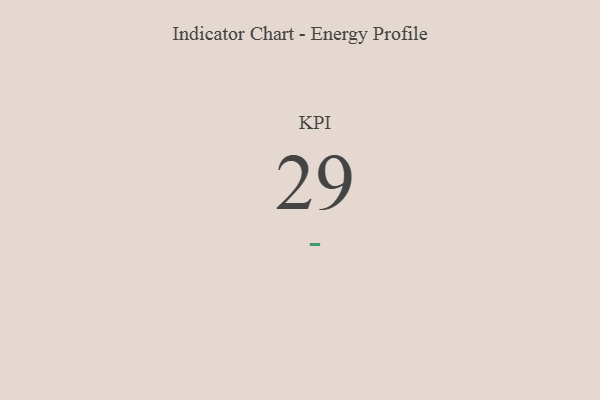
{"axis": {"x": "KPI", "y": "Value"}, "legend": [""], "data": [{"x": "KPI", "y": 29, "type": ""}]}